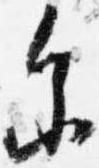
参